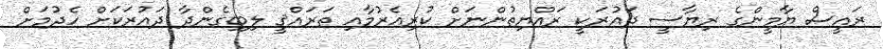
ރައީސް ޔާމީންގެ ރިޔާސީ ދައުރަކީ ރައްޔިތުންނަށް ކުރިއެރުމާއި ތަރައްޤީ ލިބިގެންދާ ދައުރަކަށް ހެދުމަށް